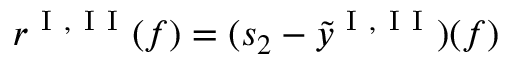
r ^ { \mathrm { ~ I ~ } , \mathrm { ~ I ~ I ~ } } ( f ) = ( s _ { 2 } - \tilde { y } ^ { \mathrm { ~ I ~ } , \mathrm { ~ I ~ I ~ } } ) ( f )